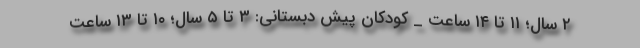
۲ سال؛ ۱۱ تا ۱۴ ساعت _ کودکان پیش دبستانی: ۳ تا ۵ سال؛ ۱۰ تا ۱۳ ساعت